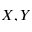
X , Y